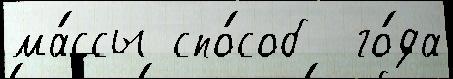
ма́ссы спо́соб  го́да